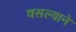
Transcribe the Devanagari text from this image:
वसल्याने